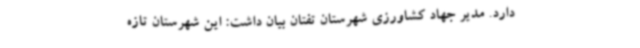
دارد. مدیر جهاد کشاورزی شهرستان تفتان بیان داشت: این شهرستان تازه